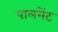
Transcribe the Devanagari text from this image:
पालमेंट